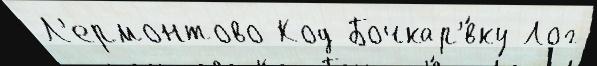
Л'ермонтово Код Бочкар'́вку Лог